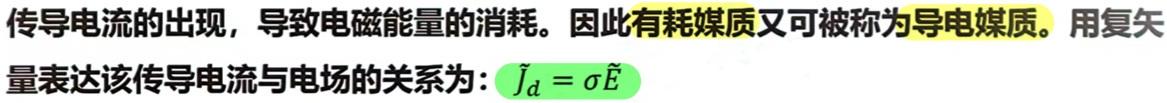
传导电流的出现，导致电磁能量的消耗。因此有耗媒质又可被称为导电媒质。用复矢量表达该传导电流与电场的关系为：$\tilde{J}_d = \sigma \tilde{E}$